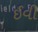
ઈવી